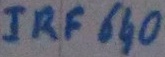
Text: IRF640